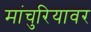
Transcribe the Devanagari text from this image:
मांचुरियावर